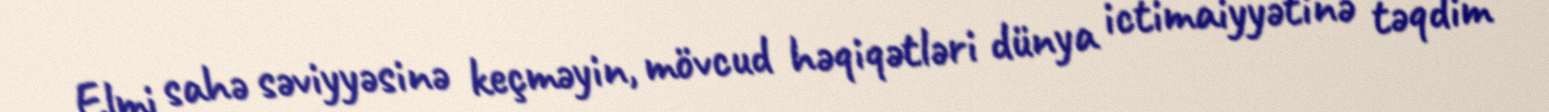
Elmi sahə səviyyəsinə keçməyin, mövcud həqiqətləri dünya ictimaiyyətinə təqdim